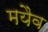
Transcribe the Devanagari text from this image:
मयैव